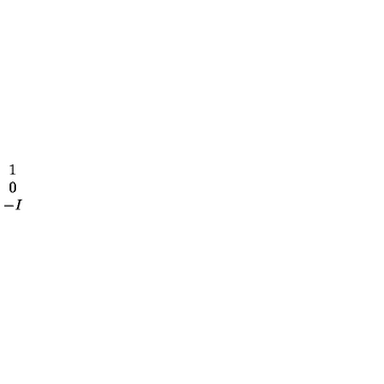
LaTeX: \begin{array} { c } { 1 } \\ { 0 } \\ { - I } \\ \end{array}